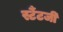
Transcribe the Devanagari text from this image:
र्स्टैटजी